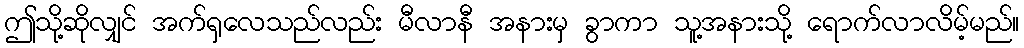
ဤသို့ဆိုလျှင် အက်ရှလေသည်လည်း မီလာနီ အနားမှ ခွာကာ သူ့အနားသို့ ရောက်လာလိမ့်မည်။